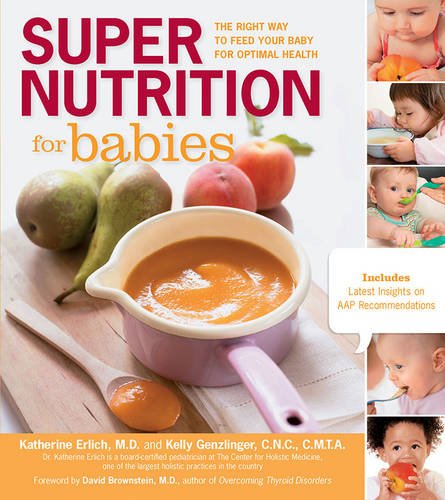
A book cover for Super Nutrition for Babies: The Right Way to Feed Your Baby for Optimal Health; Katherine Erlich; Cookbooks, Food & Wine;